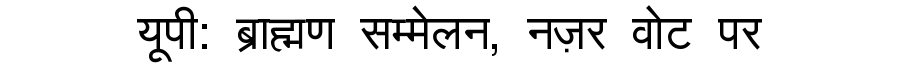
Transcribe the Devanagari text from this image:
यूपी: ब्राह्मण सम्मेलन, नज़र वोट पर